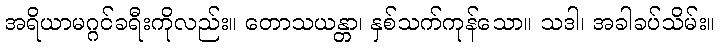
အရိယာမဂ္ဂင်ခရီးကိုလည်း။ တောသယန္တာ၊ နှစ်သက်ကုန်သော။ သဒါ၊ အခါခပ်သိမ်း။